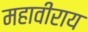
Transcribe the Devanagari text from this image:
महावीराय